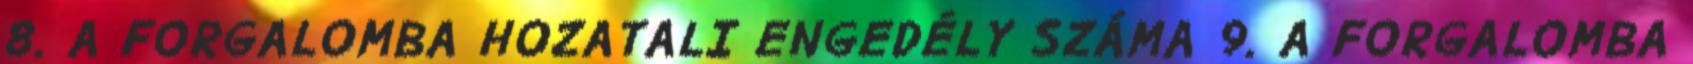
8. A FORGALOMBA HOZATALI ENGEDÉLY SZÁMA 9. A FORGALOMBA